Report of the Indian Hemp Drugs Commission, 1894-1895 - Volume IV
Year: 1894
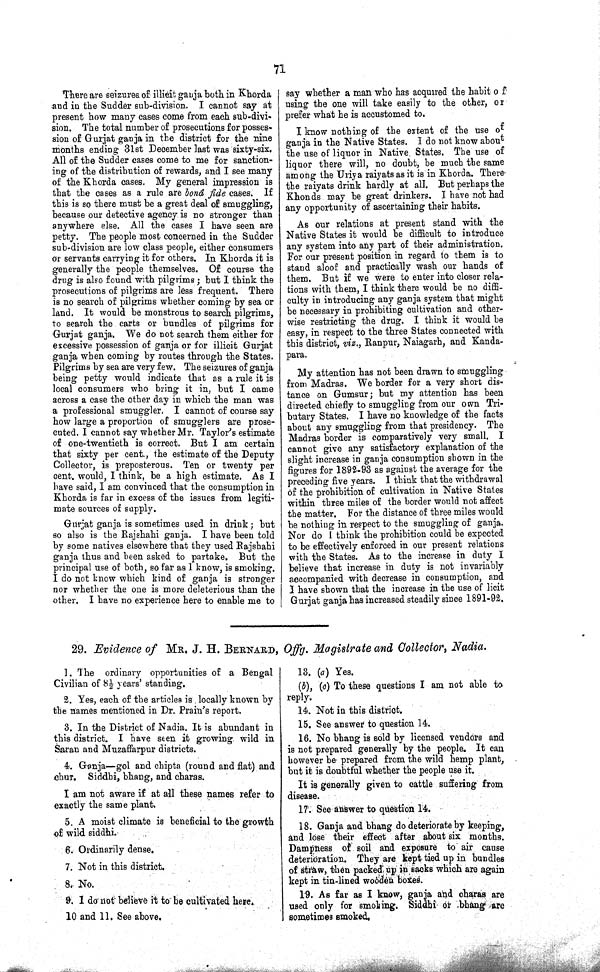
71
There are seizures of illieit ganja both in Khorda
and in the Sudder sub-division. I cannot say at
present how many cases come from each sub-divi¬
sion. The total number of prosecutions for posses¬
sion of Gurjat ganja in the district for the nine
months ending 31st December last was sixty-six.
All of the Sudder cases come to me for sanction¬
ing of the distribution of rewards, and I see many
of the Khorda cases. My general impression is
that the cases as a rule are boná fide cases. If
this is so there must be a great deal of smuggling,
because our detective agency is no stronger than
anywhere else. All the cases I have seen are
petty. The people most concerned in the Sudder
sub-division are low class people, either consumers
or servants carrying it for others. In Khorda it is
generally the people themselves. Of course the
drug is also found with pilgrims; but I think the
prosecutions of pilgrims are less frequent. There
is no search of pilgrims whether coming by sea or
land. It would be monstrous to search pilgrims,
to search the carts or bundles of pilgrims for
Gurjat ganja. We do not search them either for
excessive possession of ganja or for illicit Gurjat
ganja when coming by routes through the States.
Pilgrims by sea are very few. The seizures of ganja
being petty would indicate that as a rule it is
local consumers who bring it in, but I came
across a case the other day in which the man was
a professional smuggler. I cannot of course say
how large a proportion of smugglers are prose¬
cuted. I cannot say whether Mr. Taylor's estimate
of one-twentieth is correct. But I am certain
that sixty per cent., the estimate of the Deputy
Collector, is preposterous. Ten or twenty per
cent. would, I think, be a high estimate. As I
have said, I am convinced that the consumption in
Khorda is far in excess of the issues from legiti¬
mate sources of supply.
Gurjat ganja is sometimes used in drink; but
so also is the Rajshahi ganja. I have been told
by some natives elsewhere that they used Rajshahi
ganja thus and been asked to partake. But the
principal use of both, so far as I know, is smoking.
I do not know which kind of ganja is stronger
nor whether the one is more deleterious than the
other. I have no experience here to enable me to
say whether a man who has acquired the habit of
using the one will take easily to the other, or
prefer what he is accustomed to.
I know nothing of the extent of the use of
ganja in the Native States. I do not know about
the use of liquor in Native States. The use of
liquor there will, no doubt, be much the same
among the Uriya raiyats as it is in Khorda. There
the raiyats drink hardly at all. But perhaps the
Khonds may be great drinkers. I have not had
any opportunity of ascertaining their habits.
As our relations at present stand with the
Native States it would be difficult to introduce
any system into any part of their administration.
For our present position in regard to them is to
stand aloof and practically wash our hands of
them. But if we were to enter into closer rela¬
tions with them, I think there would be no diffi¬
culty in introducing any ganja system that might
be necessary in prohibiting cultivation and other¬
wise restricting the drug. I think it would be
easy, in respect to the three States connected with
this district, viz., Ranpur, Naiagarh, and Kanda-
para.
My attention has not been drawn to smuggling
from Madras. We border for a very short di s¬
tance on Gumsur; but my attention has been
directed chiefly to smuggling from our own Tri¬
butary States. I have no knowledge of the facts
about any smuggling from that presidency. The
Madras border is comparatively very small. I
cannot give any satisfactory explanation of the
slight increase in ganja consumption shown in the
figures for 1892-93 as against the average for the
preceding five years. I think that the withdrawal
of the prohibition of cultivation in Native States
within three miles of the border would not affect
the matter. For the distance of three miles would
be nothing in respect to the smuggling of ganja.
Nor do I think the prohibition could be expected
to be effectively enforced in our present relations
with the States. As to the increase in duty I
believe that increase in duty is not invariably
accompanied with decrease in consumption, and
I have shown that the increase in the use of licit
Gurjat ganja has increased steadily since 1891-92.
29. Evidence of MR. J. H. BERNARD, Offg. Magistrate and Collector, Nadia.
1. The ordinary opportunities of a Bengal
Civilian of 81/2 years' standing.
2. Yes, each of the articles is locally known by
the names mentioned in Dr. Prain's report.
3. In the District of Nadia. It is abundant in
this district. I have seen it growing wild in
Saran and Muzaffarpur districts.
4. Ganja—gol and chipta (round and flat) and
chur. Siddhi, bhang, and charas.
I am not aware if at all these names refer to
exactly the same plant.
5. A moist climate is beneficial to the growth
of wild siddhi.
6. Ordinarily dense.
7. Not in this district.
8. No.
9. I do not believe it to be cultivated here.
10 and 11. See above.
13. (a) Yes.
(b), (c) To these questions I am not able to
reply.
14. Not in this district.
15. See answer to question 14.
16. No bhang is sold by licensed vendors and
is not prepared generally by the people. It can
however be prepared from the wild hemp plant,
but it is doubtful whether the people use it.
It is generally given to cattle suffering from
disease.
17. See answer to question 14.
18. Ganja and bhang do deteriorate by keeping,
and lose their effect after about six months.
Dampness of soil and exposure to air cause
deterioration. They are kept tied up in bundles
of straw, then packed up in sacks which are again
kept in tin-lined wooden boxes.
19. As far as I know, ganja and charas are
used only for smoking. Siddhi or bhang are
sometimes smoked.